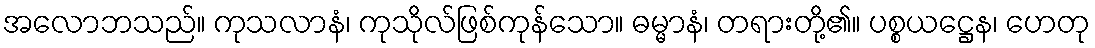
အလောဘသည်။ ကုသလာနံ၊ ကုသိုလ်ဖြစ်ကုန်သော။ ဓမ္မာနံ၊ တရားတို့၏။ ပစ္စယဋ္ဌေန၊ ဟေတု